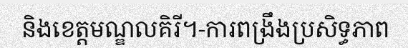
និងខេត្តមណ្ឌលគិរី។-ការពង្រឹងប្រសិទ្ធភាព